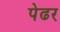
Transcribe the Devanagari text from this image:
पेढर